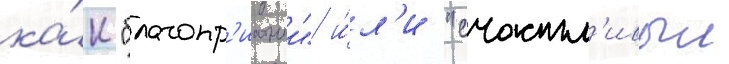
ка́к "благопр'иатныи" и́л'и "счастл'ивыи